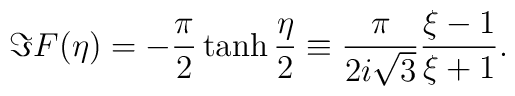
\Im F(\eta)=-\frac{\pi}{2}\tanh\frac{\eta}{2}\equiv\frac{\pi}{2i\sqrt{3}}\frac{\xi-1}{\xi+1}.